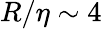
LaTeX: R/\eta\sim 4